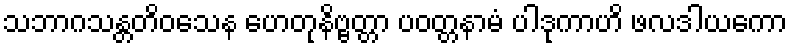
သဘာဂသန္တတိဝသေန ဟေတုနိဗ္ဗတ္တာ ပဝတ္တနာမံ ပါဒုကာဟိ ဖလဒါယကော